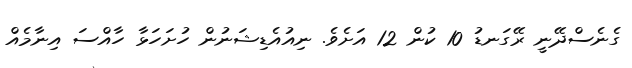
ގެނެސްދޭނީ ރޭގަނޑު 10 ކުން 12 އަށެވެ. ނިއުއެޑިޝަނުން ހުށަހަޅާ ހާއްސަ އިނާމެއް